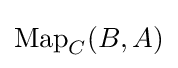
\operatorname {Map} _{C}(B,A)